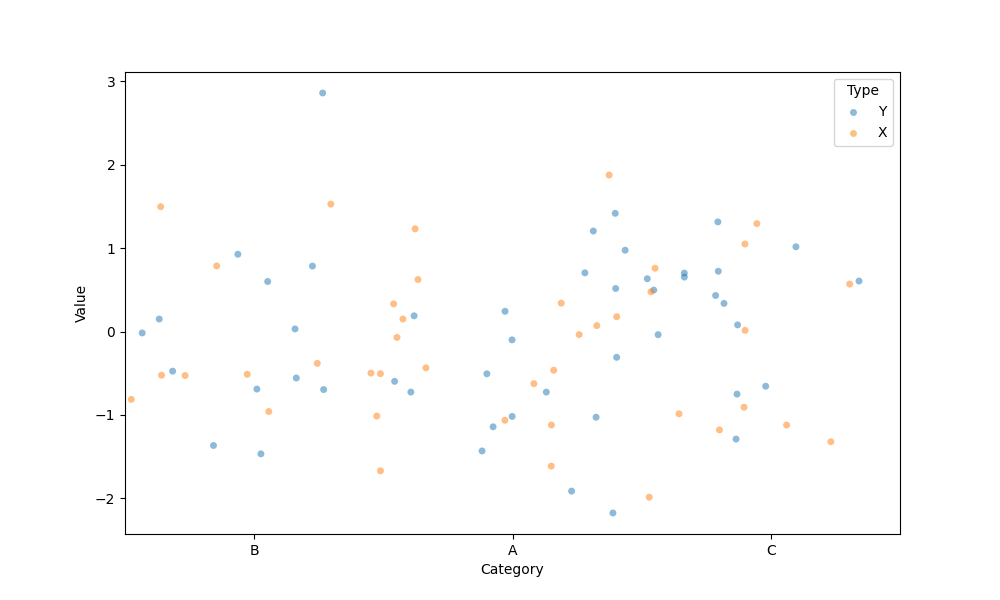
python, seaborn, stripplot, jitter=True, dodge=False, alpha=0.5, size=5